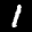
Label: 1